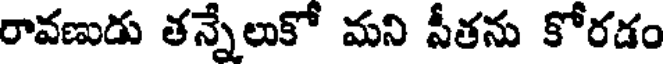
రావణుడు తన్నేలుకో మని సీతను కోరడం